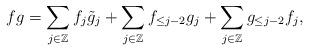
LaTeX: \begin{align*}f g = \sum_{j \in \mathbb Z} f_j \tilde g_j + \sum_{j\in \mathbb Z} f_{\le j-2} g_j +\sum_{j \in \mathbb Z} g_{\le j-2} f_j,\end{align*}